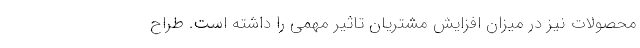
محصولات نیز در میزان افزایش مشتریان تاثیر مهمی را داشته است. طراح